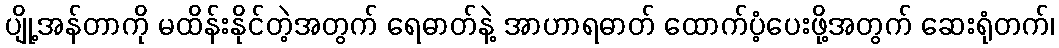
ပျို့အန်တာကို မထိန်းနိုင်တဲ့အတွက် ရေဓာတ်နဲ့ အာဟာရဓာတ် ထောက်ပံ့ပေးဖို့အတွက် ဆေးရုံတက်၊